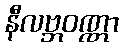
နီလဗ္ဘဝဏ္ဏာ